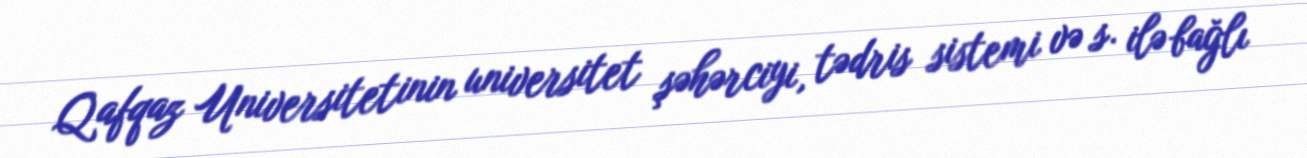
Qafqaz Universitetinin universitet şəhərciyi, tədris sistemi və s. ilə bağlı